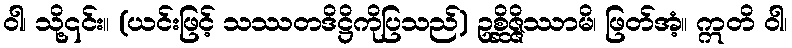
ဝါ၊ သို့၎င်း။ (ယင်းဖြင့် သဿတဒိဋ္ဌိကိုပြသည်) ဥစ္ဆိဇ္ဇိဿာမိ၊ ဖြတ်အံ့။ ဣတိ ဝါ၊